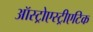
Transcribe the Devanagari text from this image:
ऑस्ट्रोएस्ट्रीएटिक